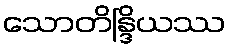
သောတိန္ဒြိယဿ